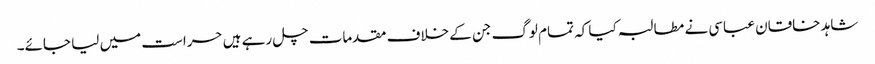
شاہد خاقان عباسی نے مطالبہ کیا کہ تمام لوگ جن کے خلاف مقدمات چل رہے ہیں حراست میں لیا جائے۔